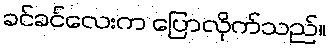
ခင်ခင်လေးက ပြောလိုက်သည်။